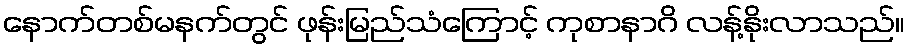
နောက်တစ်မနက်တွင် ဖုန်းမြည်သံကြောင့် ကုစာနာဂိ လန့်နိုးလာသည်။